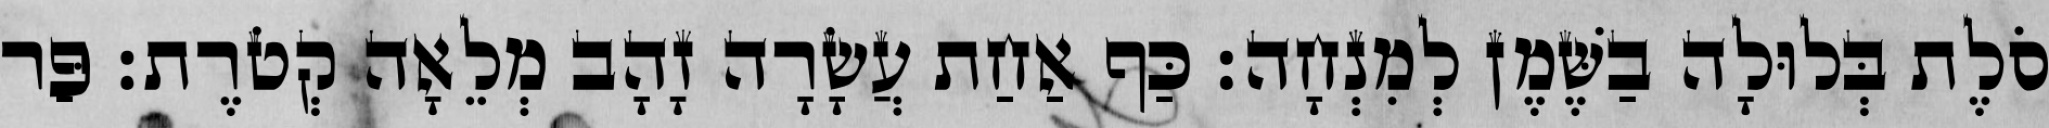
סֹלֶת בְּלוּלָה בַשֶּׁמֶן לְמִנְחָה׃ כַּף אַחַת עֲשָׂרָה זָהָב מְלֵאָה קְטֹרֶת׃ פַּר